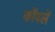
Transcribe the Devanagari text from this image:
कोंपलें